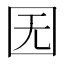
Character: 𡆶